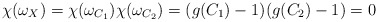
\begin{align*}\chi(\omega_X)=\chi(\omega_{C_1})\chi(\omega_{C_2})=(g(C_1)-1)(g(C_2)-1)=0 \end{align*}